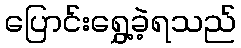
ပြောင်းရွှေ့ခဲ့ရသည်